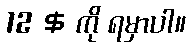
12 $ ကို ရမှာပါ။